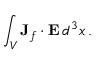
\int _ { V } { \bf J } _ { f } \cdot { \bf E } \, d ^ { 3 } x \, .